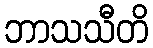
ဘာသသီတိ